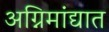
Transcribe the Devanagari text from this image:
अग्निमांद्यात